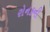
રોનકની